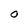
Character: O